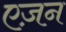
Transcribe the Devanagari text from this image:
एज़न